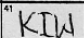
Transcription: KIW